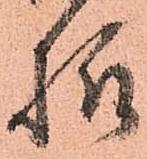
様